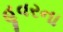
હૂવરના